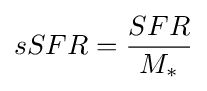
sSFR={SFR \over M_{*}}